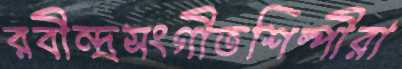
রবীন্দ্রসংগীতশিল্পীরা